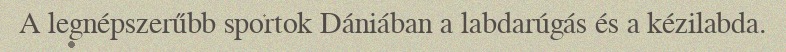
A legnépszerűbb sportok Dániában a labdarúgás és a kézilabda.